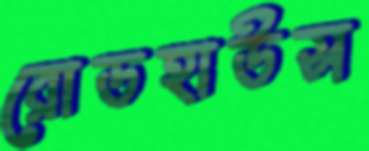
রোডহাউস